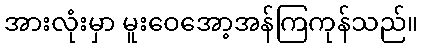
အားလုံးမှာ မူးဝေအော့အန်ကြကုန်သည်။